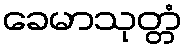
ခေမာသုတ္တံ